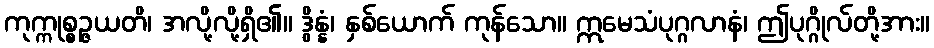
ကုက္ကုစ္စဉ္ဇယတိ၊ အလို့လို့ရှိ၏။ ဒွိန္နံ၊ နှစ်ယောက် ကုန်သော။ ဣမေသံပုဂ္ဂလာနံ၊ ဤပုဂ္ဂိုလ်တို့အား။